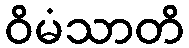
ဝိမံသာတိ